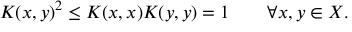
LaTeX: K ( x , y ) ^ { 2 } \leq K ( x , x ) K ( y , y ) = 1 \qquad \forall x , y \in X .